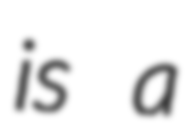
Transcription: is a